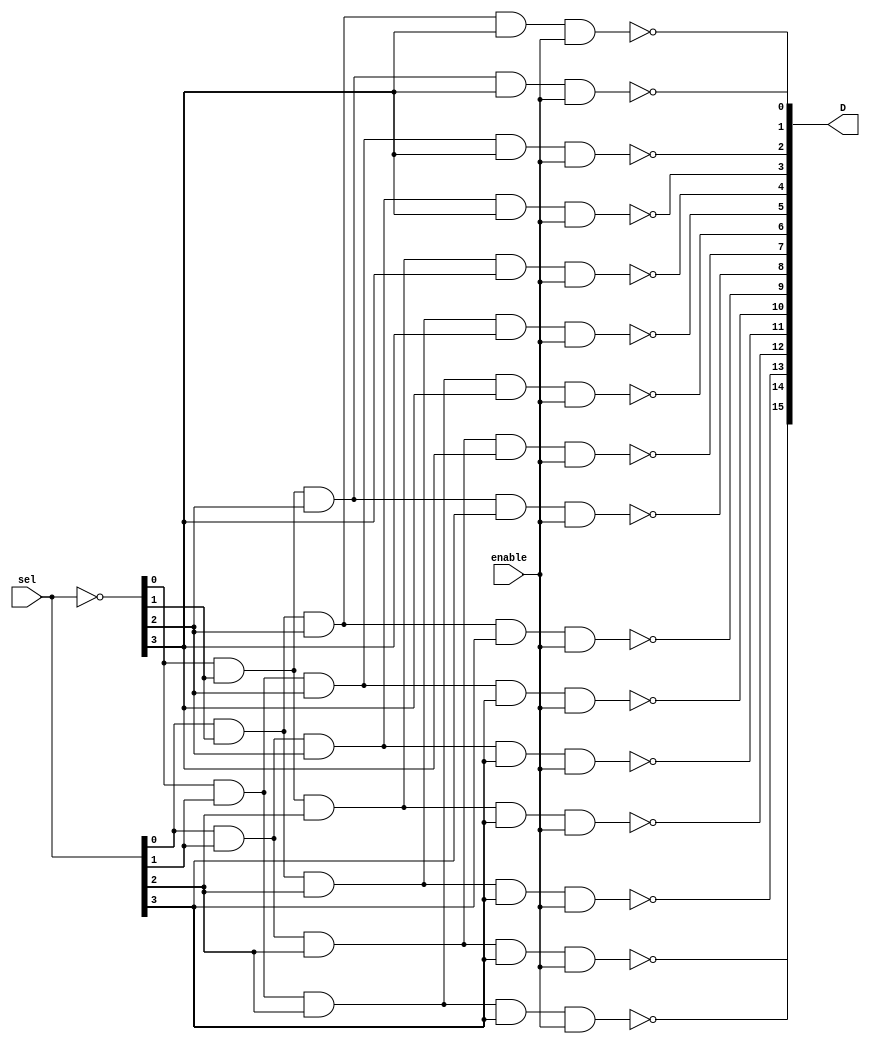
`timescale 1ns/1ns

module decoder (
    input [3:0]sel,
    input enable,
    output [15:0]D
);
    wire [3:0]sel_not;
    assign sel_not= ~sel;
    nand (D[0],sel_not[0],sel_not[1],sel_not[2],sel_not[3],enable);
    nand (D[1],sel[0],sel_not[1],sel_not[2],sel_not[3],enable);
    nand (D[2],sel_not[0],sel[1],sel_not[2],sel_not[3],enable);
    nand (D[3],sel[0],sel[1],sel_not[2],sel_not[3],enable);
    
    nand (D[4],sel_not[0],sel_not[1],sel[2],sel_not[3],enable);
    nand (D[5],sel[0],sel_not[1],sel[2],sel_not[3],enable);
    nand (D[6],sel_not[0],sel[1],sel[2],sel_not[3],enable);
    nand (D[7],sel[0],sel[1],sel[2],sel_not[3],enable);
    
    nand (D[8],sel_not[0],sel_not[1],sel_not[2],sel[3],enable);
    nand (D[9],sel[0],sel_not[1],sel_not[2],sel[3],enable);
    nand (D[10],sel_not[0],sel[1],sel_not[2],sel[3],enable);
    nand (D[11],sel[0],sel[1],sel_not[2],sel[3],enable);
    
    nand (D[12],sel_not[0],sel_not[1],sel[2],sel[3],enable);
    nand (D[13],sel[0],sel_not[1],sel[2],sel[3],enable);
    nand (D[14],sel_not[0],sel[1],sel[2],sel[3],enable);
    nand (D[15],sel[0],sel[1],sel[2],sel[3],enable);
    
endmodule